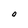
Character: O